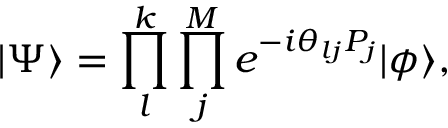
| \Psi \rangle = \prod _ { l } ^ { k } \prod _ { j } ^ { M } e ^ { - i \theta _ { l j } P _ { j } } | \phi \rangle ,